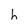
Character: h